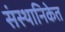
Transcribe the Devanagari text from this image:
संस्थानिकेत